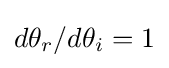
d\theta _{r}/d\theta _{i}=1